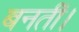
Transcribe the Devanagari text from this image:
बनतीं।